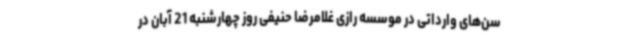
سن‌های وارداتی در موسسه رازی غلامرضا حنیفی روز چهارشنبه 21 آبان در